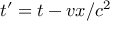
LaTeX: t ^ { \prime } = t - v x / c ^ { 2 }